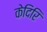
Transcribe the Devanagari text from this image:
केदिरि